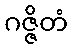
ဂဇ္ဇိတံ